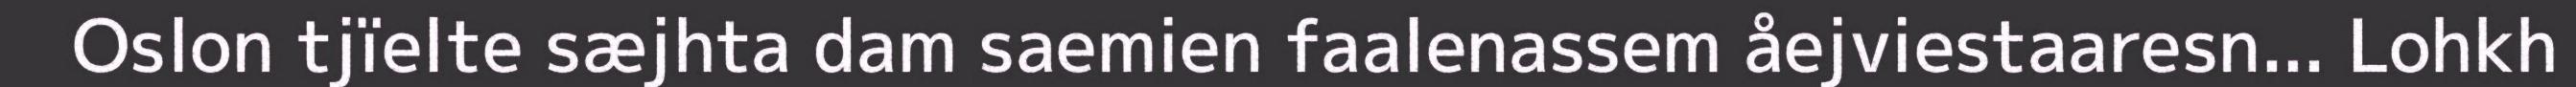
Oslon tjïelte sæjhta dam saemien faalenassem åejviestaaresn... Lohkh